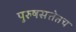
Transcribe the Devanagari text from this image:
पुरुषसत्तेतच